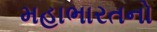
મહાભારતનો